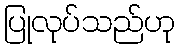
ပြုလုပ်သည်ဟု